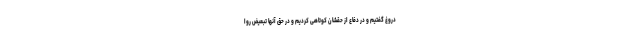
دروغ گفتیم و در دفاع از حقشان کوتاهی کردیم و در حق آنها تبعیض روا